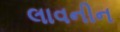
લાવનીન